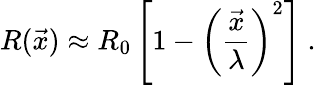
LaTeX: R(\vec{x})\approx R_{0}\left[1-\left(\frac{\vec{x}}{\lambda}\right)^{2}\right]\ .